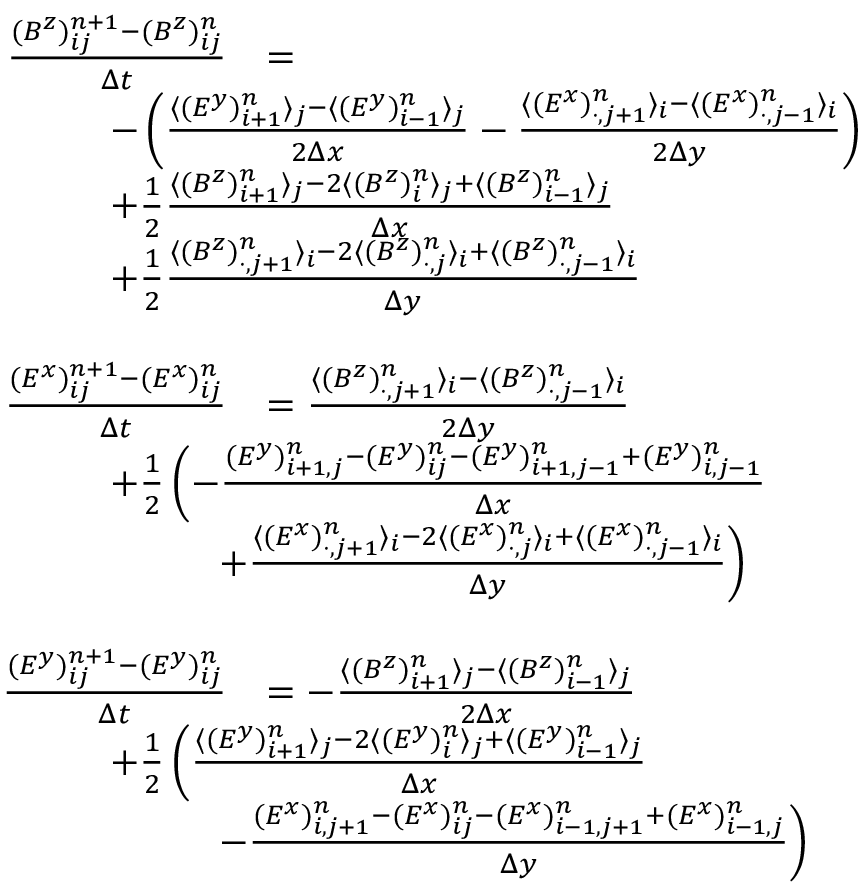
\begin{array} { r l } { \frac { ( B ^ { z } ) _ { i j } ^ { n + 1 } - ( B ^ { z } ) _ { i j } ^ { n } } { \Delta t } } & { = } \\ & { \! \! \! \! \! \! \! \! \! \! \! \! \! \! \! \! \! \! \! \! \! \! \! \! - \left( \frac { \langle ( E ^ { y } ) _ { i + 1 } ^ { n } \rangle _ { j } - \langle ( E ^ { y } ) _ { i - 1 } ^ { n } \rangle _ { j } } { 2 \Delta x } - \frac { \langle ( E ^ { x } ) _ { \cdot , j + 1 } ^ { n } \rangle _ { i } - \langle ( E ^ { x } ) _ { \cdot , j - 1 } ^ { n } \rangle _ { i } } { 2 \Delta y } \right) } \\ & { \! \! \! \! \! \! \! \! \! \! \! \! \! \! \! \! \! \! \! \! \! \! \! \! + \frac 1 2 \frac { \langle ( B ^ { z } ) _ { i + 1 } ^ { n } \rangle _ { j } - 2 \langle ( B ^ { z } ) _ { i } ^ { n } \rangle _ { j } + \langle ( B ^ { z } ) _ { i - 1 } ^ { n } \rangle _ { j } } { \Delta x } } \\ & { \! \! \! \! \! \! \! \! \! \! \! \! \! \! \! \! \! \! \! \! \! \! \! \! + \frac 1 2 \frac { \langle ( B ^ { z } ) _ { \cdot , j + 1 } ^ { n } \rangle _ { i } - 2 \langle ( B ^ { z } ) _ { \cdot , j } ^ { n } \rangle _ { i } + \langle ( B ^ { z } ) _ { \cdot , j - 1 } ^ { n } \rangle _ { i } } { \Delta y } } \\ { \phantom { m } } \\ { \frac { ( E ^ { x } ) _ { i j } ^ { n + 1 } - ( E ^ { x } ) _ { i j } ^ { n } } { \Delta t } } & { = \frac { \langle ( B ^ { z } ) _ { \cdot , j + 1 } ^ { n } \rangle _ { i } - \langle ( B ^ { z } ) _ { \cdot , j - 1 } ^ { n } \rangle _ { i } } { 2 \Delta y } } \\ & { \! \! \! \! \! \! \! \! \! \! \! \! \! \! \! \! \! \! \! \! \! \! \! \! + \frac 1 2 \left( - \frac { ( E ^ { y } ) _ { i + 1 , j } ^ { n } - ( E ^ { y } ) _ { i j } ^ { n } - ( E ^ { y } ) _ { i + 1 , j - 1 } ^ { n } + ( E ^ { y } ) _ { i , j - 1 } ^ { n } } { \Delta x } \right. } \\ & { \! \! \! \! \! \! \! \! \left. + \frac { \langle ( E ^ { x } ) _ { \cdot , j + 1 } ^ { n } \rangle _ { i } - 2 \langle ( E ^ { x } ) _ { \cdot , j } ^ { n } \rangle _ { i } + \langle ( E ^ { x } ) _ { \cdot , j - 1 } ^ { n } \rangle _ { i } } { \Delta y } \right) } \\ { \phantom { m } } \\ { \frac { ( E ^ { y } ) _ { i j } ^ { n + 1 } - ( E ^ { y } ) _ { i j } ^ { n } } { \Delta t } } & { = - \frac { \langle ( B ^ { z } ) _ { i + 1 } ^ { n } \rangle _ { j } - \langle ( B ^ { z } ) _ { i - 1 } ^ { n } \rangle _ { j } } { 2 \Delta x } } \\ & { \! \! \! \! \! \! \! \! \! \! \! \! \! \! \! \! \! \! \! \! \! \! \! \! + \frac 1 2 \left( \frac { \langle ( E ^ { y } ) _ { i + 1 } ^ { n } \rangle _ { j } - 2 \langle ( E ^ { y } ) _ { i } ^ { n } \rangle _ { j } + \langle ( E ^ { y } ) _ { i - 1 } ^ { n } \rangle _ { j } } { \Delta x } \right. } \\ & { \! \! \! \! \! \! \! \! \left. - \frac { ( E ^ { x } ) _ { i , j + 1 } ^ { n } - ( E ^ { x } ) _ { i j } ^ { n } - ( E ^ { x } ) _ { i - 1 , j + 1 } ^ { n } + ( E ^ { x } ) _ { i - 1 , j } ^ { n } } { \Delta y } \right) } \end{array}